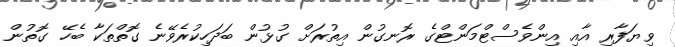
ވިޔަފާރި އާއި އިންވެސްޓްމަންޓްގެ ރޮނގުން އިތުރަށް ގުޅުން ބަދަހިކުރެވޭނެ ގޮތްތަކާ ބެހޭ ގޮތުން